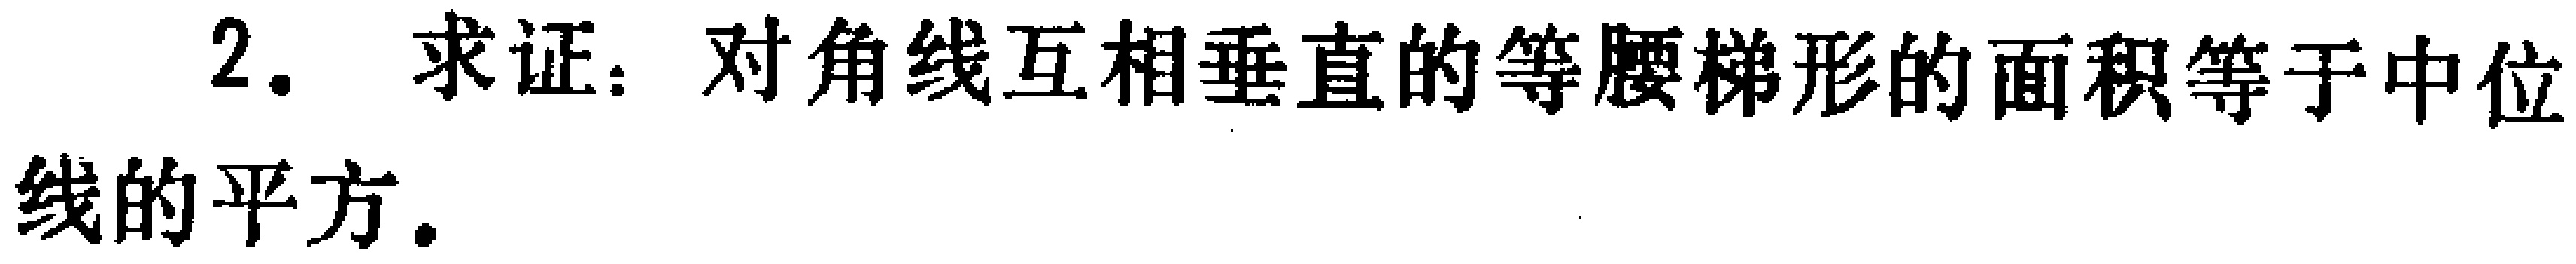
2. 求证：对角线互相垂直的等腰梯形的面积等于中位线的平方.